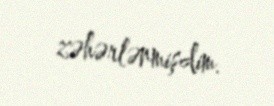
zəhərlənmişdim.